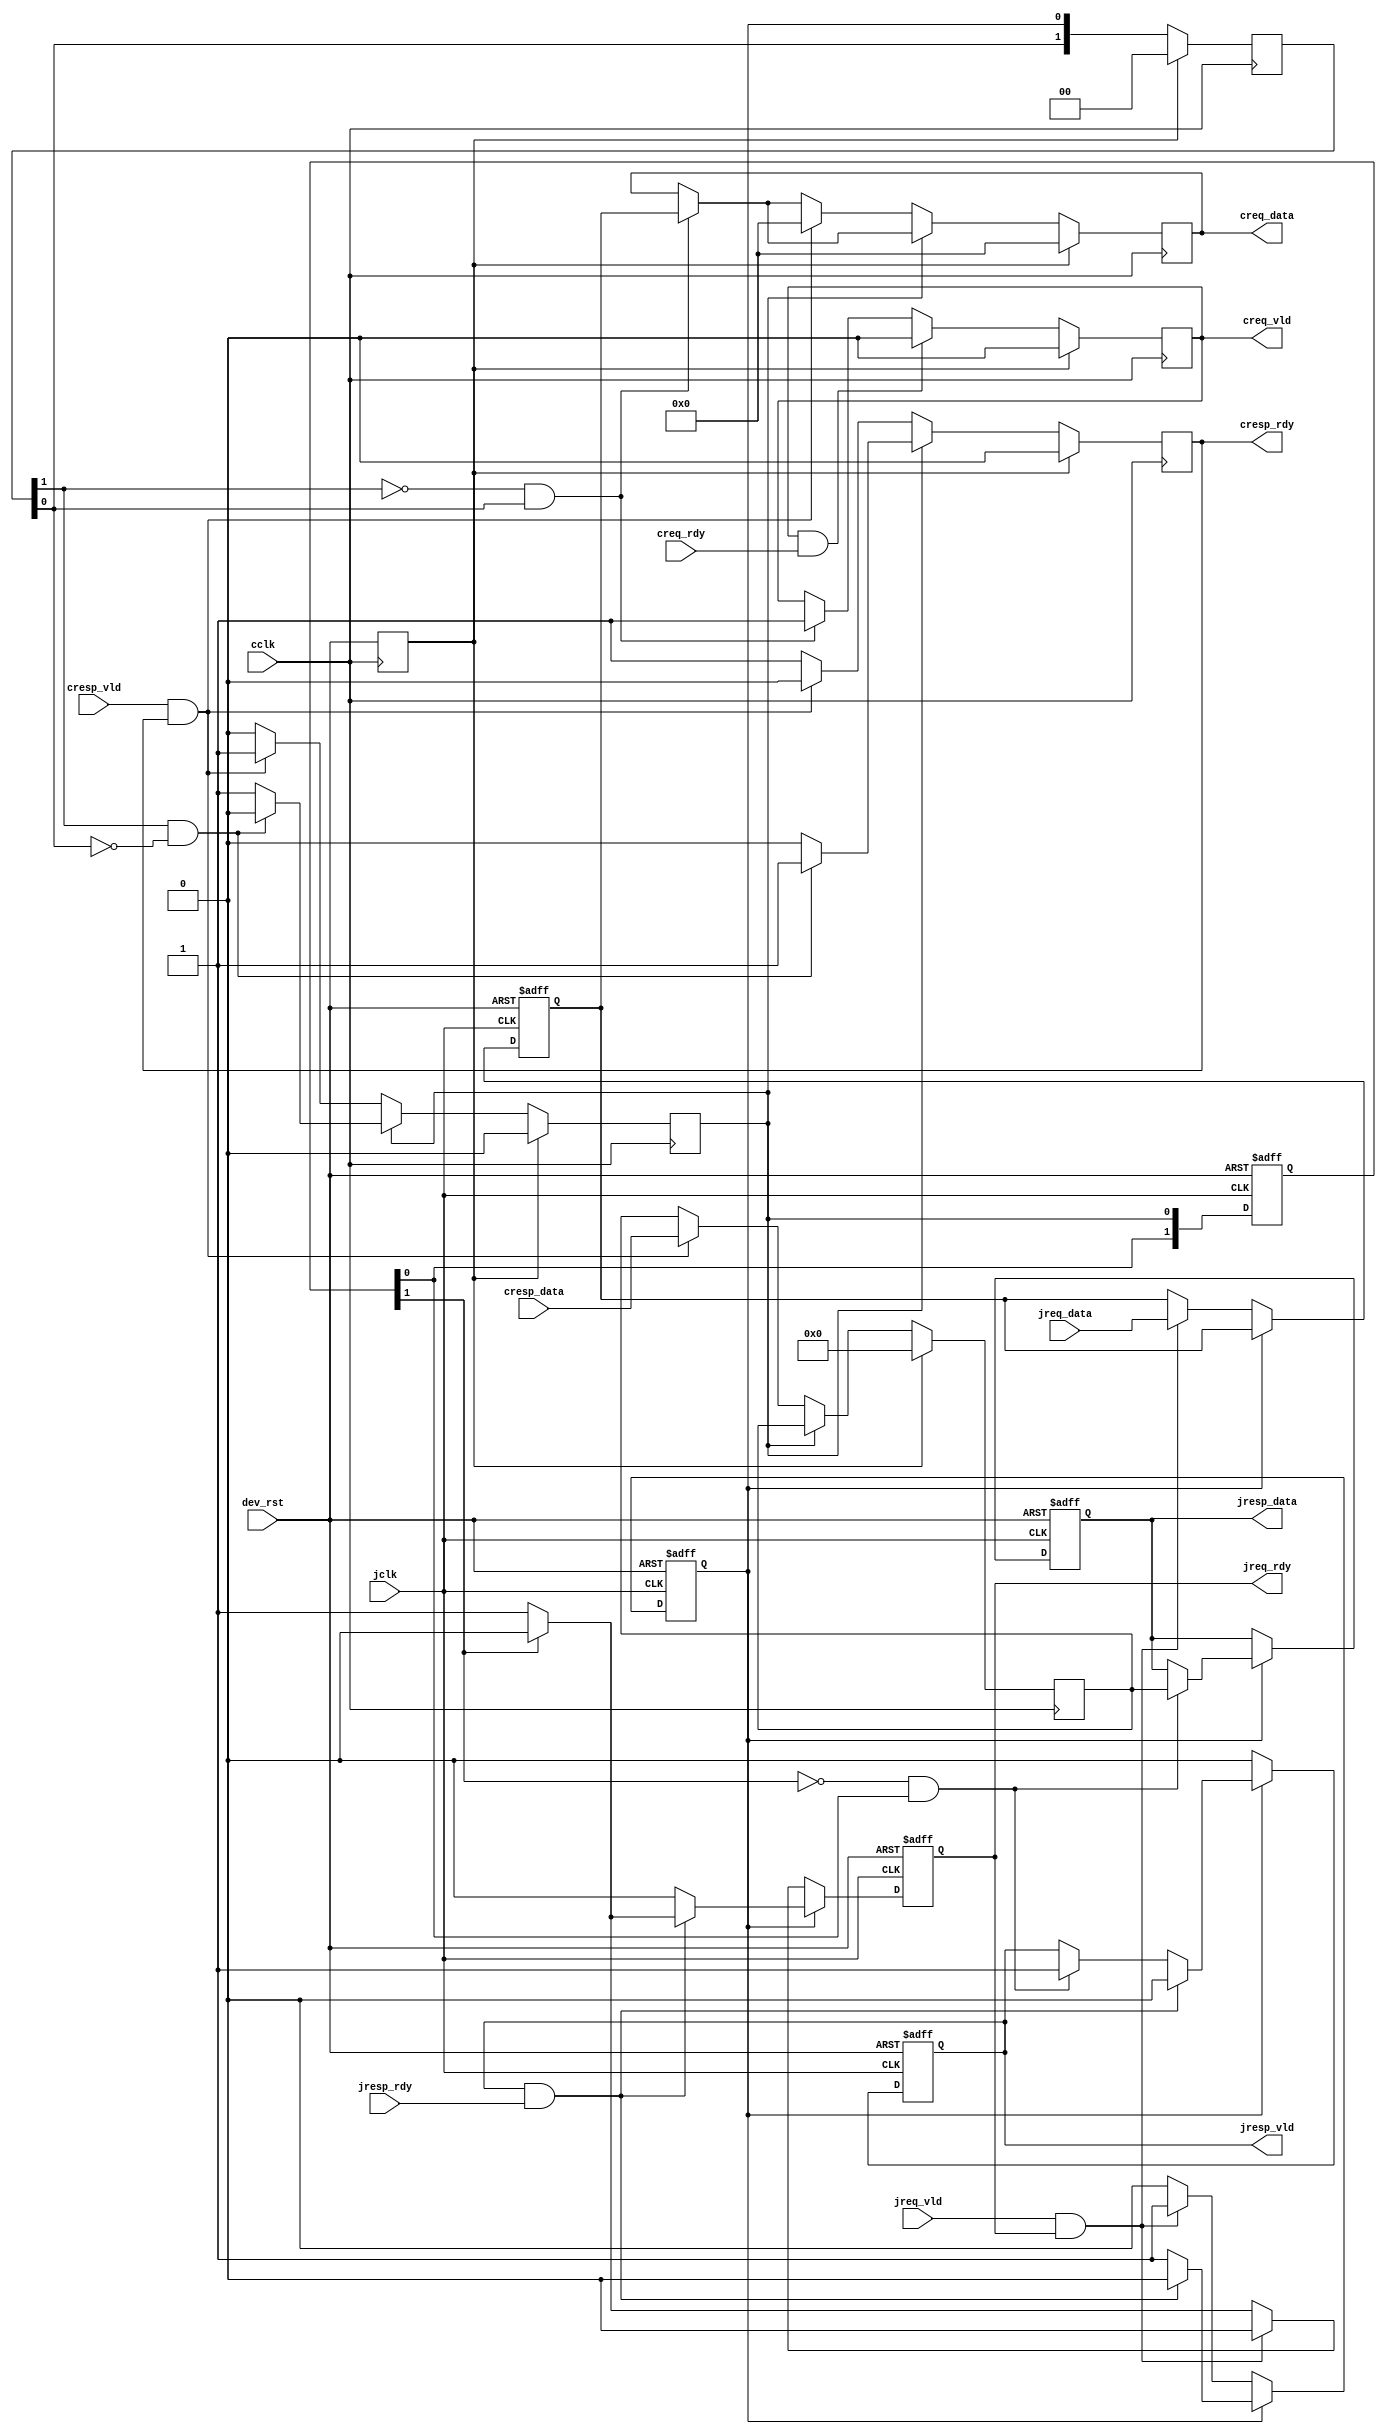
`timescale 1ns / 1ps

module jtag_dmi_intc#(
    parameter TX_WIDTH = (7+32+2),
    parameter RX_WIDTH = (32+2)
)(
    //Jtag Interface
    input jclk, //Jtag Clock
    input jreq_vld,
    input [TX_WIDTH-1:0] jreq_data,
    output reg jreq_rdy,
    output reg jresp_vld,
    output reg [RX_WIDTH-1:0] jresp_data,
    input jresp_rdy,
    
    //Core Interface
    input cclk, //Core Clock
    output reg creq_vld,
    output reg [TX_WIDTH-1:0] creq_data,
    input creq_rdy,
    input cresp_vld,
    input [RX_WIDTH-1:0] cresp_data,
    output reg cresp_rdy,
    
    input dev_rst
);

reg jreq_avl; //availalbe
reg [TX_WIDTH-1:0] jreq_buf;
reg [1:0] jresp_samp; //sampling

reg crst;
reg [1:0] creq_samp; //sampling
reg cresp_avl; //availalbe
reg [RX_WIDTH-1:0] cresp_buf;

always@(posedge jclk or posedge dev_rst) begin //Use sub-optimal reset trigger, caluse JTAG clock didn't always available
    if(dev_rst) begin
        jreq_rdy <= 1'b0;
        jresp_vld <= 1'b0;
        jresp_data <= {RX_WIDTH{1'b0}};
        
        jreq_avl <= 1'b0;
        jreq_buf <= {TX_WIDTH{1'b0}};
        jresp_samp <= 2'h0;
    end
    else begin
        jresp_samp <= {jresp_samp[0], cresp_avl};
        if(jreq_avl) begin
            jreq_rdy <= 1'b0;
            if((!jresp_samp[1])&(jresp_samp[0])) begin
                jresp_vld <= 1'b1;
                jresp_data <= cresp_buf;
            end
            if(jresp_vld&jresp_rdy) begin
                jresp_vld <= 1'b0;
                jreq_avl <= 1'b0;
                jreq_rdy <= 1'b1;
                if(jresp_samp[1]) begin
                    jreq_rdy <= 1'b0;
                end
            end 
        end
        else begin
            jreq_rdy <= 1'b1;
            jresp_vld <= 1'b0;
            if(jresp_samp[1]) begin
                jreq_rdy <= 1'b0;
            end
            if(jreq_vld&jreq_rdy) begin
                jreq_rdy <= 1'b0;
                jreq_avl <= 1'b1;
                jreq_buf <= jreq_data;
            end
        end
    end
end

always@(posedge cclk) begin
    crst <= dev_rst;
end

always@(posedge cclk) begin
    if(crst) begin
        creq_vld <= 1'b0;
        creq_data <= {TX_WIDTH{1'b0}};
        cresp_rdy <= 1'b0;
        
        creq_samp <= 2'h0;
        cresp_avl <= 1'b0;
        cresp_buf <= {RX_WIDTH{1'b0}};
    end
    else begin
        
        creq_samp <= {creq_samp[0], jreq_avl};
        if((!creq_samp[1])&creq_samp[0]) begin // 0->1
            creq_vld <= 1'b1;
            creq_data <= jreq_buf;
        end
        if(creq_vld&creq_rdy) begin
            creq_vld <= 1'b0;
        end
        
        //Resp
        if(cresp_avl) begin
             cresp_rdy <= 1'b0;
            if(creq_samp[1]&(!creq_samp[0])) begin //1->0
                cresp_avl <= 1'b0;
                cresp_rdy <= 1'b1;
            end
        end
        else begin
            cresp_rdy <= 1'b1;
            if(cresp_vld&cresp_rdy) begin
                cresp_rdy <= 1'b0;
                creq_data <= {TX_WIDTH{1'b0}};
                cresp_avl <= 1'b1;
                cresp_buf <= cresp_data;
            end
        end
    end
end

endmodule